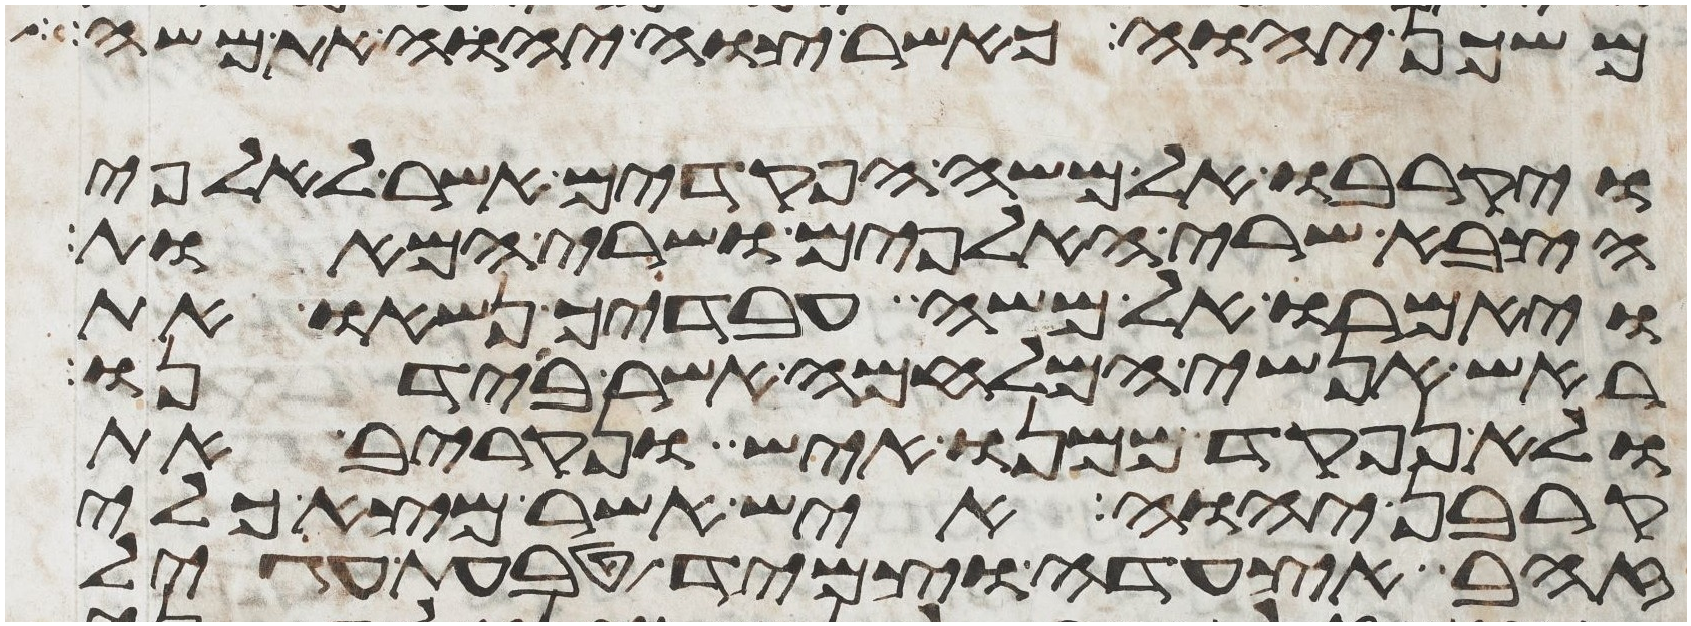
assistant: משכן יהוה כאשר צוה יהוה את משה
ויקרבו אל משה הפקדים אשר לאלפי
הצבא שרי האלפים ושרי המאות
ויאמרו אל משה עבדיך נשאו את
ראש אנשי המלחמה אשר בידנו
ולא נפקד ממנו איש ונקריב את
קרבן יהוה איש אשר מצא כלי
זהב אצעדה וצמיד טבעת עגיל